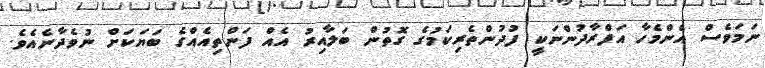
ނަމަވެސް އެންމެހާ އަފްރާދުންނަކީ ފުދުންތެރިކަމުގެ ގޮތުން ބަލާއިރު އެއް ފަންތިއެއްގެ ބަޔަކަށް ނުވެދާނެއެވެ.